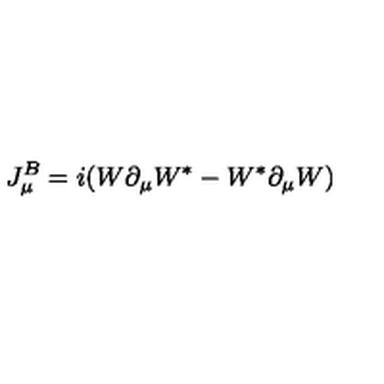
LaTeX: J _ { \mu } ^ { B } = i ( W \partial _ { \mu } W ^ { * } - W ^ { * } \partial _ { \mu } W )